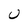
Character: U